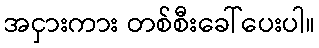
အငှားကား တစ်စီးခေါ်ပေးပါ။